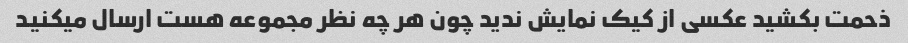
ذحمت بکشید عکسی از کیک نمایش ندید چون هر چه نظر مجموعه هست ارسال میکنید